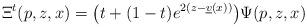
LaTeX: \begin{align*}\Xi^t(p,z,x)= \big(t+(1-t)e^{2(z-\underline{v}(x))}\big)\Psi(p,z,x)\end{align*}